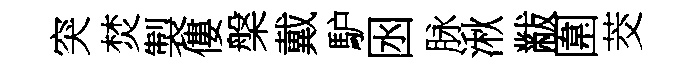
突焚製僂槃戴馿囦脉湫黻圍茭